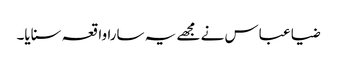
ضیا عباس نے مجھے یہ سارا واقعہ سنایا۔